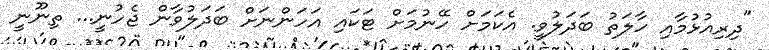
"ދިރިއުޅުމާއި ހާލަތު ބަދަލުވީ. އެކަމަށް ހޭނުމަށް ޓަކައި އަހަންނަށް ބަދަލުވާން ޖެހުނީ... ތިނޫނީ